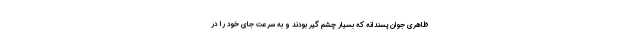
ظاهری جوان پسندانه که بسیار چشم گیر بودند و به سرعت جای خود را در